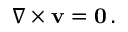
\nabla \times \mathbf { v } = \mathbf { 0 } \, .